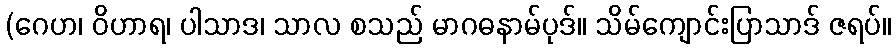
(ဂေဟ၊ ဝိဟာရ၊ ပါသာဒ၊ သာလ စသည် မာဂဓနာမ်ပုဒ်။ သိမ်ကျောင်းပြာသာဒ် ဇရပ်။